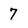
Character: 7